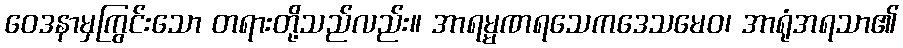
ဝေဒနာမှကြွင်းသော တရားတို့သည်လည်း။ အာရမ္မဏရသေကဒေသမေဝ၊ အာရုံအရသာ၏